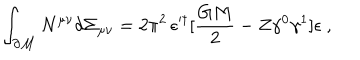
\int _ { \partial { \cal M } } N ^ { \mu \nu } d \Sigma _ { \mu \nu } = 2 \pi ^ { 2 } \, \epsilon ^ { \prime \dagger } [ { \frac { G M } { 2 } } - Z \gamma ^ { 0 } \gamma ^ { 1 } ] \epsilon \ ,